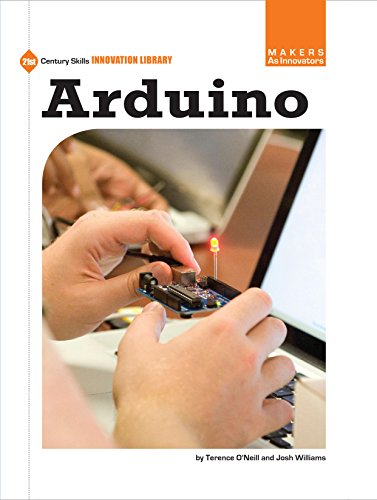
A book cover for Arduino (21st Century Skills Innovation Library: Makers as Innovators); Terence O'Neill; Children's Books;